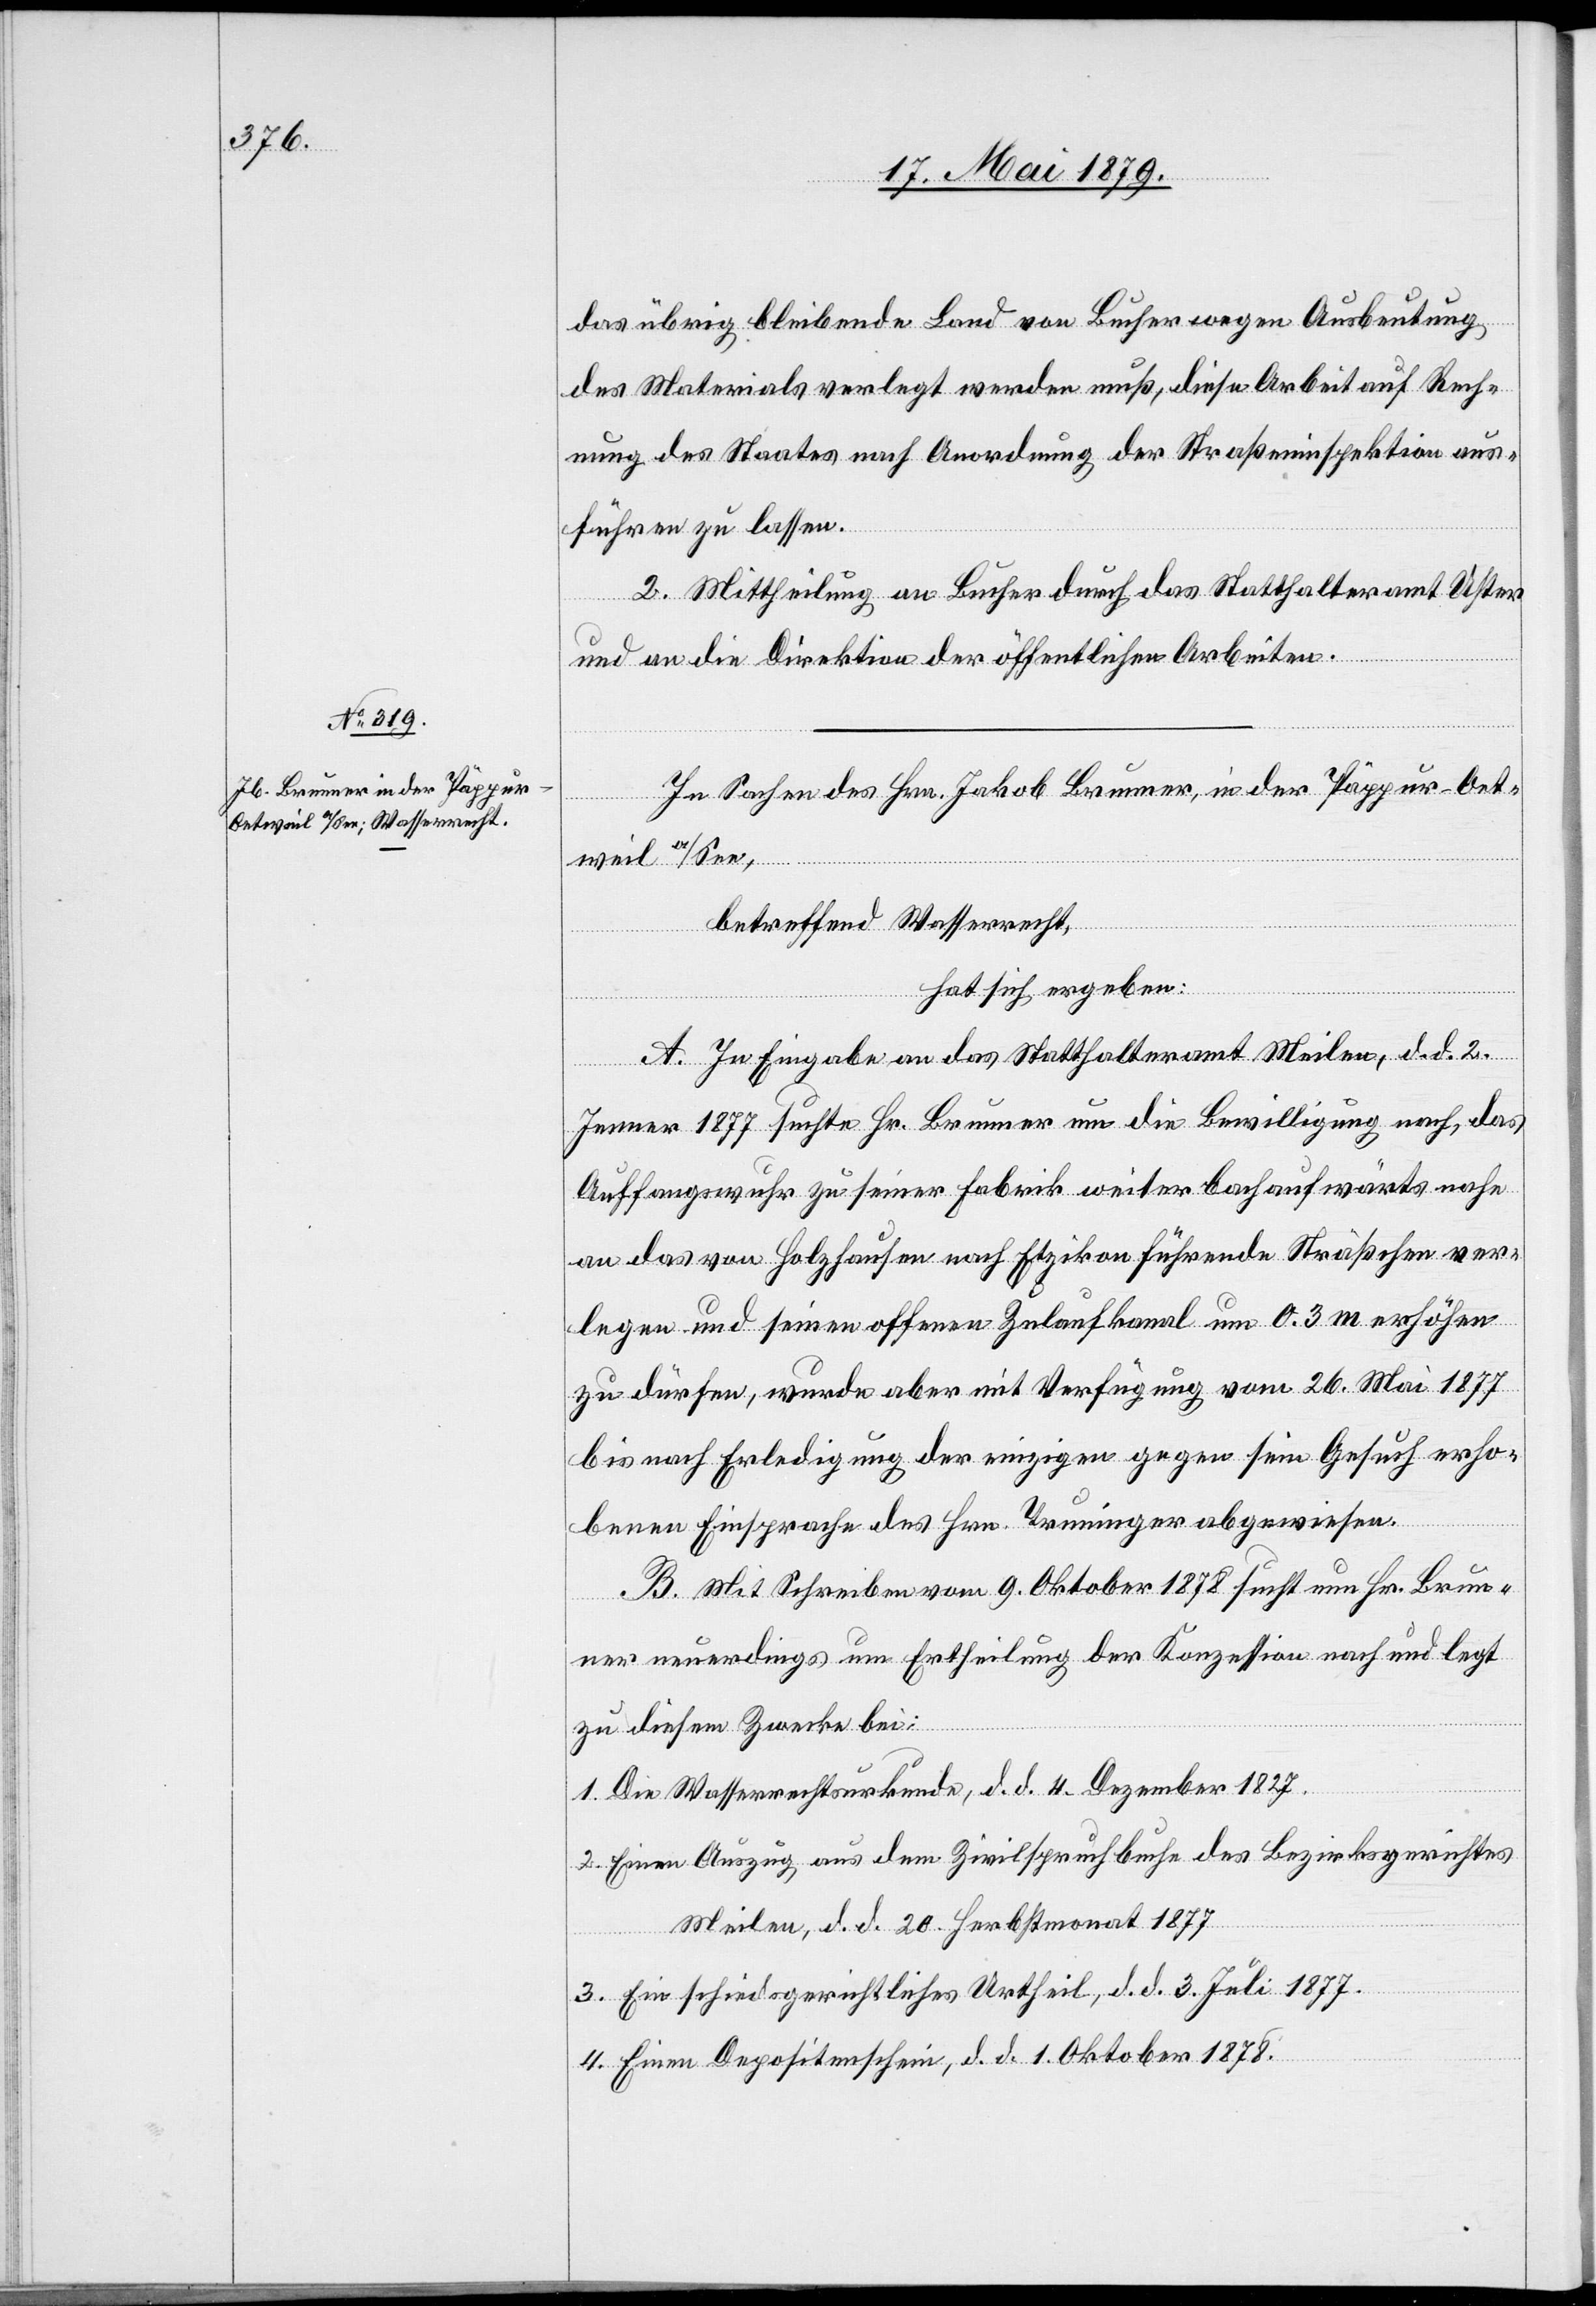
das übrig bleibende Land von Bucher wegen Ausbeutung
des Materials verlegt werden muß, diese Arbeit auf Rech¬
nung des Staates nach Anordnung der Straßeninspektion aus¬
führen zu lassen.
2. Mittheilung an Bucher durch das Statthalteramt Uster
und an die Direktion der öffentlichen Arbeiten.
In Sachen des Hrn. Jakob Brunner, in der Päppur - Oet¬
weil a/See,
betreffend Wasserrecht,
hat sich ergeben:
A. In Eingabe an das Statthalteramt Meilen, d. d. 2.
Jenner 1877 suchte Hr. Brunner um die Bewilligung nach, das
Auffangswuhr zu seiner Fabrik weiter bachaufwärts nahe
an das von Holzhausen nach Etzikon führende Sträßchen ver¬
legen und seinen offenen Zulaufkanal um 0.3 m erhöhen
zu dürfen, wurde aber mit Verfügung vom 26. Mai 1877
bis nach Erledigung der einzigen gegen sein Gesuch erho¬
benen Einsprache des Hrn. Truninger abgewiesen.
B. Mit Schreiben vom 9. Oktober 1878 sucht nun Hr. Brun¬
ner neuerdings um Ertheilung der Konzession nach und legt
zu diesem Zwecke bei:
1. Die Wasserrechtsurkunde, d. d. 4. Dezember 1827.
2. Einen Auszug aus dem Zivilspruchbuche des Bezirksgerichtes
Meilen, d. d. 20. Herbstmonat 1877[.]
3. Ein schiedsgerichtliches Urtheil, d. d. 3. Juli 1877.
4. Einen Depositenschein, d. d. 1. Oktober 1878.